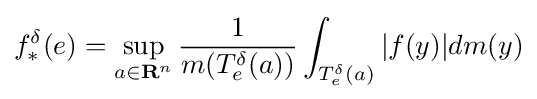
f_{*}^{\delta }(e)=\sup _{a\in \mathbf {R} ^{n}}{\frac {1}{m(T_{e}^{\delta }(a))}}\int _{T_{e}^{\delta }(a)}|f(y)|dm(y)